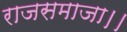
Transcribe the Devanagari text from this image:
राजसमाजा।।